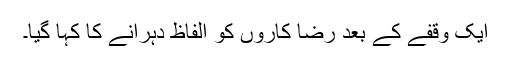
ایک وقفے کے بعد رضا کاروں کو الفاظ دہرانے کا کہا گیا۔